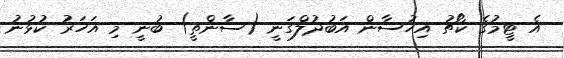
އެ ޓީމުގެ ކޯޗު އިހުސާން އަބުދުލްގަނީ (ސާންތީ) ބުނީ މި އަހަރު ކުޅުނު